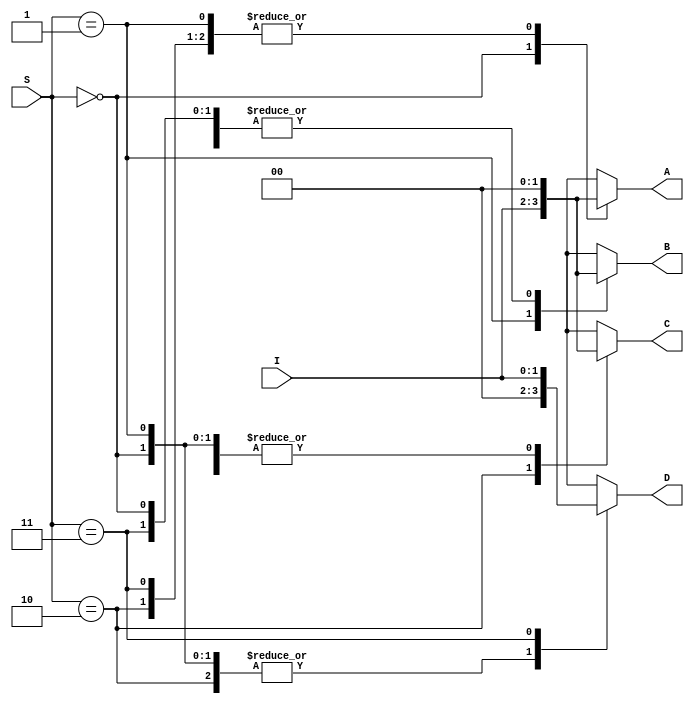
module demux(I,S,A,B,C,D);

    input [1:0] I;
    input [1:0] S;
    output reg [1:0] A,B,C,D;

    wire [10:0] G,F;

    assign G = {{9{1'b0}},I};
    assign F = {{9{I[1]}},I};

    always @(I or S) begin
        case(S)
            2'b00 : begin
                A <= I;
                B <= 2'b00;
                C <= 2'b00;
                D <= 2'b00;
            end
            2'b01 : begin
                A <= 2'b00;
                B <= I;
                C <= 2'b00;
                D <= 2'b00;
            end
            2'b10 : begin
                A <= 2'b00;
                B <= 2'b00;
                C <= I;
                D <= 2'b00;
            end
            2'b11 : begin
                A <= 2'b00;
                B <= 2'b00;
                C <= 2'b00;
                D <= I;
            end
            default : begin
                A <= 2'b00;
                B <= 2'b00;
                C <= 2'b00;
                D <= 2'b00;
            end
        endcase

                
        // if (S == 1'b0) begin
        //     assign A = I;
        //     assign B = 1'b0;
        // end
        // else begin
        //     assign A = 1'b0;
        //     assign B = I;
        // end      
    end

endmodule